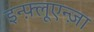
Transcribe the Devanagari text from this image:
इन्फ़्लूएन्ज़ा